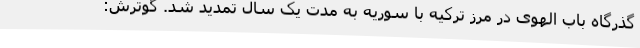
گذرگاه باب الهوی در مرز ترکیه با سوریه به مدت یک سال تمدید شد. گوترش: